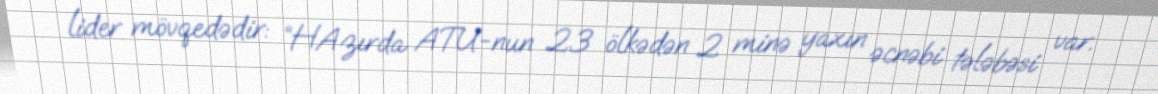
lider mövqedədir: “HAzırda ATU-nun 23 ölkədən 2 minə yaxın əcnəbi tələbəsi var.